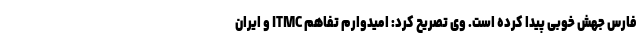
فارس جهش خوبی پیدا کرده است. وی تصریح کرد: امیدوارم تفاهم ITMC و ایران